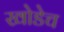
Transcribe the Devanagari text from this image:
खोडेच